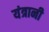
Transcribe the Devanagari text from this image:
यंत्रानी